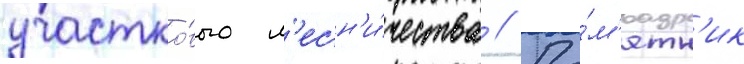
участко́вого л'есн'и́чества // Па́м'ятн'ик